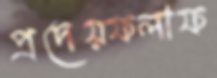
প্রদেয়ফলাফ